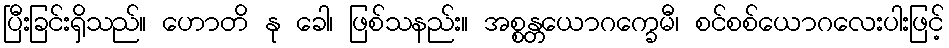
ပြီးခြင်းရှိသည်။ ဟောတိ နု ခေါ၊ ဖြစ်သနည်း။ အစ္စန္တယောဂက္ခေမီ၊ စင်စစ်ယောဂလေးပါးဖြင့်